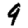
Digit: 9